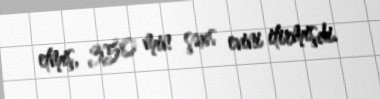
etmiş, 350 min şəxs evini itirmişdi.